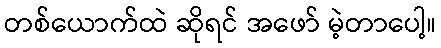
တစ်ယောက်ထဲ ဆိုရင် အဖော် မဲ့တာပေါ့။